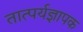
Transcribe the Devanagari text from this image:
तात्पर्यज्ञापक